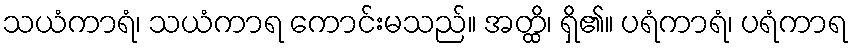
သယံကာရံ၊ သယံကာရ ကောင်းမသည်။ အတ္ထိ၊ ရှိ၏။ ပရံကာရံ၊ ပရံကာရ